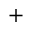
^ +